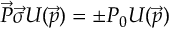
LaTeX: \vec { P } \vec { \sigma } U ( \vec { p } ) = \pm P _ { 0 } U ( \vec { p } )